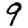
Digit: 9